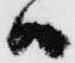
ハ